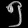
Digit: ၅